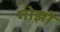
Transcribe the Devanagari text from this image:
गोझो